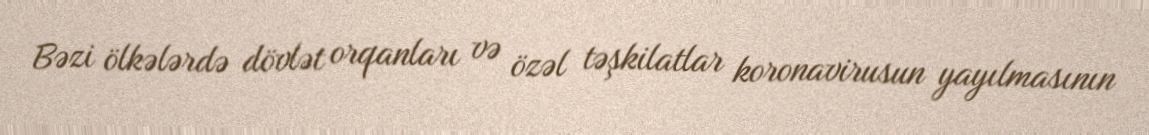
Bəzi ölkələrdə dövlət orqanları və özəl təşkilatlar koronavirusun yayılmasının